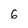
Character: 6